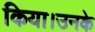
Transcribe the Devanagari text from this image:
किया।उनके